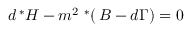
d \, ^ { * } H - m ^ { 2 } \ ^ { * } ( \, B - d \Gamma ) = 0